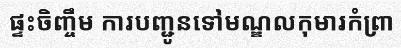
ផ្ទះចិញ្ចឹម ការបញ្ជូនទៅមណ្ឌលកុមារកំព្រា